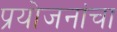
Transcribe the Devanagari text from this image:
प्रयोजनांचा